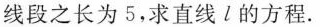
线段之长为5，求直线l的方程。